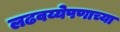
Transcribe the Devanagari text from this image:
लढवय्येपणाच्या